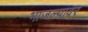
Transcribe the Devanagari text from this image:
भाजल्यावर